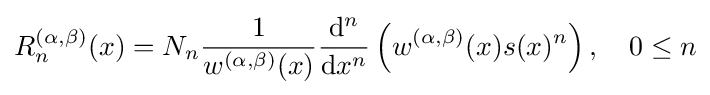
R_{n}^{(\alpha ,\beta )}(x)=N_{n}{\frac {1}{w^{(\alpha ,\beta )}(x)}}{\frac {\mathrm {d} ^{n}}{\mathrm {d} x^{n}}}\left(w^{(\alpha ,\beta )}(x)s(x)^{n}\right),\quad 0\leq n